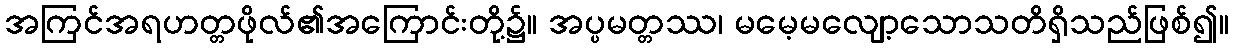
အကြင်အရဟတ္တဖိုလ်၏အကြောင်းတို့၌။ အပ္ပမတ္တဿ၊ မမေ့မလျော့သောသတိရှိသည်ဖြစ်၍။